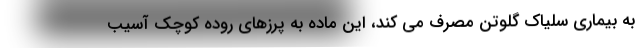
به بیماری سلیاک گلوتن مصرف می کند، این ماده به پرزهای روده کوچک آسیب